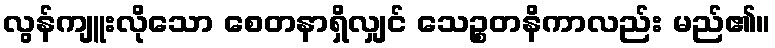
လွန်ကျူးလိုသော စေတနာရှိလျှင် သေဉ္စတနိကာလည်း မည်၏။